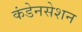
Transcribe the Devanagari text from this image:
कंडेनसेशन